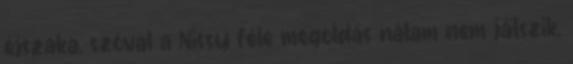
éjszaka, szóval a Nissy féle megoldás nálam nem játszik,